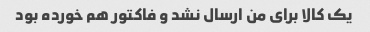
یک کالا برای من ارسال نشد و فاکتور هم خورده بود